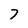
Character: 7